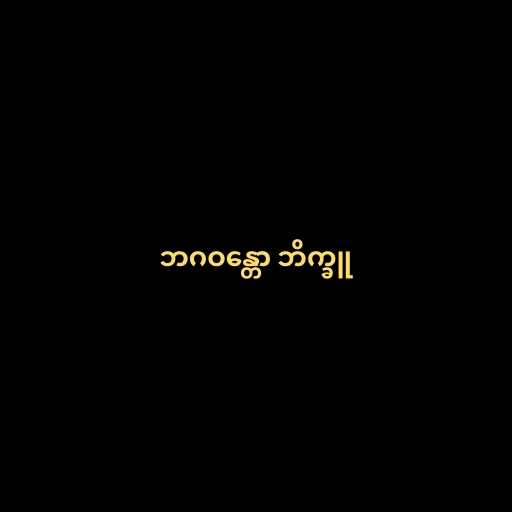
ဘဂဝန္တော ဘိက္ခူ